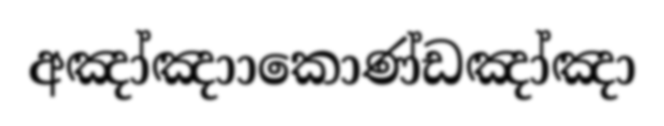
අඤා්ඤාාකොණ්ඩඤා්ඤා